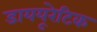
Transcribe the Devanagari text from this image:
डाययूरेटिक